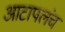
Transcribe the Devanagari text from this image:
आटापलंच